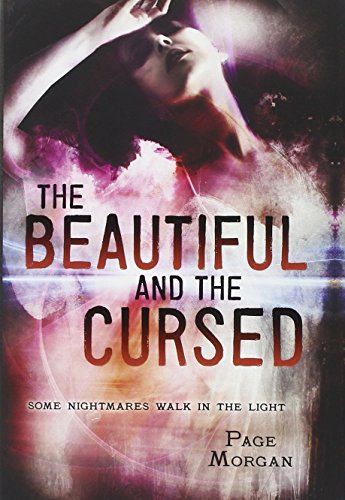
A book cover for The Beautiful and the Cursed (The Dispossessed); Page Morgan; Teen & Young Adult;